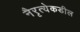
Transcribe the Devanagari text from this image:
नैरृत्येकडील